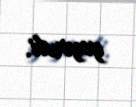
yeyirdi.